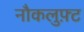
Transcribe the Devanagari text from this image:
नौकलुफ़्ट